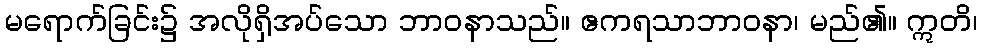
မရောက်ခြင်း၌ အလိုရှိအပ်သော ဘာဝနာသည်။ ဧကရသာဘာဝနာ၊ မည်၏။ ဣတိ၊